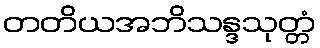
တတိယအဘိသန္ဒသုတ္တံ